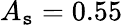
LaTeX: A_{\mathtt{s}}=0.55